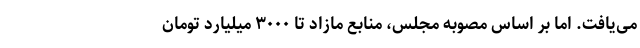
می‌یافت. اما بر اساس مصوبه مجلس، منابع مازاد تا ۳۰۰۰ میلیارد تومان